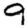
Digit: 9